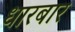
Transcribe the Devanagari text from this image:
धारबार